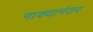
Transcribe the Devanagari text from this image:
नाक्यानंतर